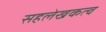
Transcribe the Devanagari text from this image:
सहलेखकत्व